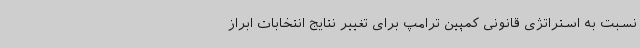
نسبت به استراتژی قانونی کمپین ترامپ برای تغییر نتایج انتخابات ابراز